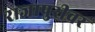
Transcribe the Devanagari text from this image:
राजापुरीवर